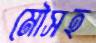
মৌসহ